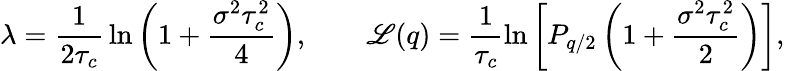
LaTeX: \lambda=\frac{1}{2\tau_{c}}\, \ln\left(1+\frac{\sigma^{2}\tau_{c}^{2}}{4}\right),\qquad\mathscr{L}(q)=\frac{1}{\tau_{c}}\ln\left[P_{q/2}\left(1+\frac{\sigma^{2}\tau_{c}^{2}}{2}\right)\right],